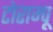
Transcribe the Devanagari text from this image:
टोराम्पू